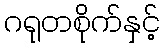
ဂရုတစိုက်နှင့်